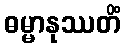
ဓမ္မာနုဿတိံ